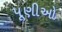
પૂણીઓ